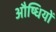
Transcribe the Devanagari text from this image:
औष्धियों